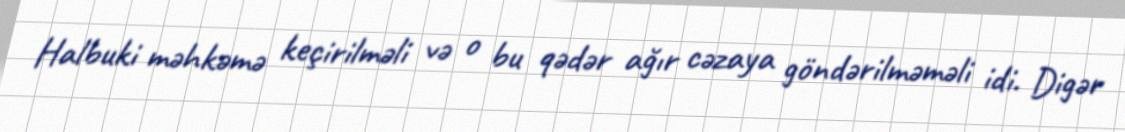
Halbuki məhkəmə keçirilməli və o bu qədər ağır cəzaya göndərilməməli idi. Digər